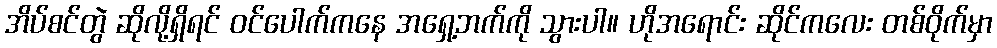
အိပ်စင်တွဲ ဆိုလို့ရှိရင် ဝင်ပေါက်ကနေ အရှေ့ဘက်ကို သွားပါ။ ဟိုအရောင်း ဆိုင်ကလေး တစ်ဝိုက်မှာ